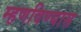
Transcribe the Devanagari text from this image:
म्हणविण्यास